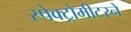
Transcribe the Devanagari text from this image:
स्पेक्ट्रोमीटरने